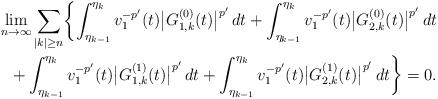
LaTeX: \begin{align*}\lim_{n\to\infty}\sum_{|k|\ge n}\biggl\{\int_{\eta_{k-1}}^{\eta_k}v_1^{-p'}(t)\bigl|G_{1,k}^{(0)}(t)\bigr|^{p'}\,dt+\int_{\eta_{k-1}}^{\eta_k}v_1^{-p'}(t)\bigl|G_{2,k}^{(0)}(t)\bigr|^{p'}\,dt\\+\int_{\eta_{k-1}}^{\eta_k}v_1^{-p'}(t)\bigl|G_{1,k}^{(1)}(t)\bigr|^{p'}\,dt+\int_{\eta_{k-1}}^{\eta_k}v_1^{-p'}(t)\bigl|G_{2,k}^{(1)}(t)\bigr|^{p'}\,dt\biggr\}=0.\end{align*}